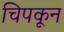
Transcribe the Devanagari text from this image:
चिपकून